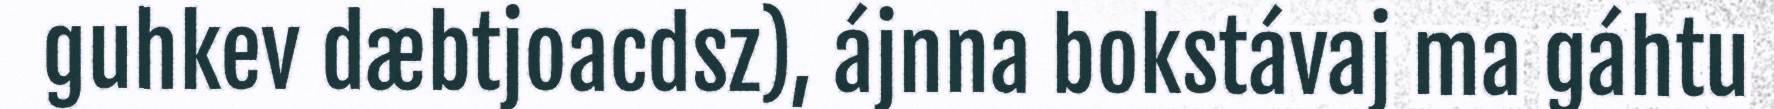
guhkev dæbtjoacdsz), ájnna bokstávaj ma gáhtu